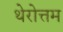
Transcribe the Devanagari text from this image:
थेरोत्तम